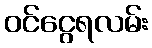
ဝင်ငွေရလမ်း